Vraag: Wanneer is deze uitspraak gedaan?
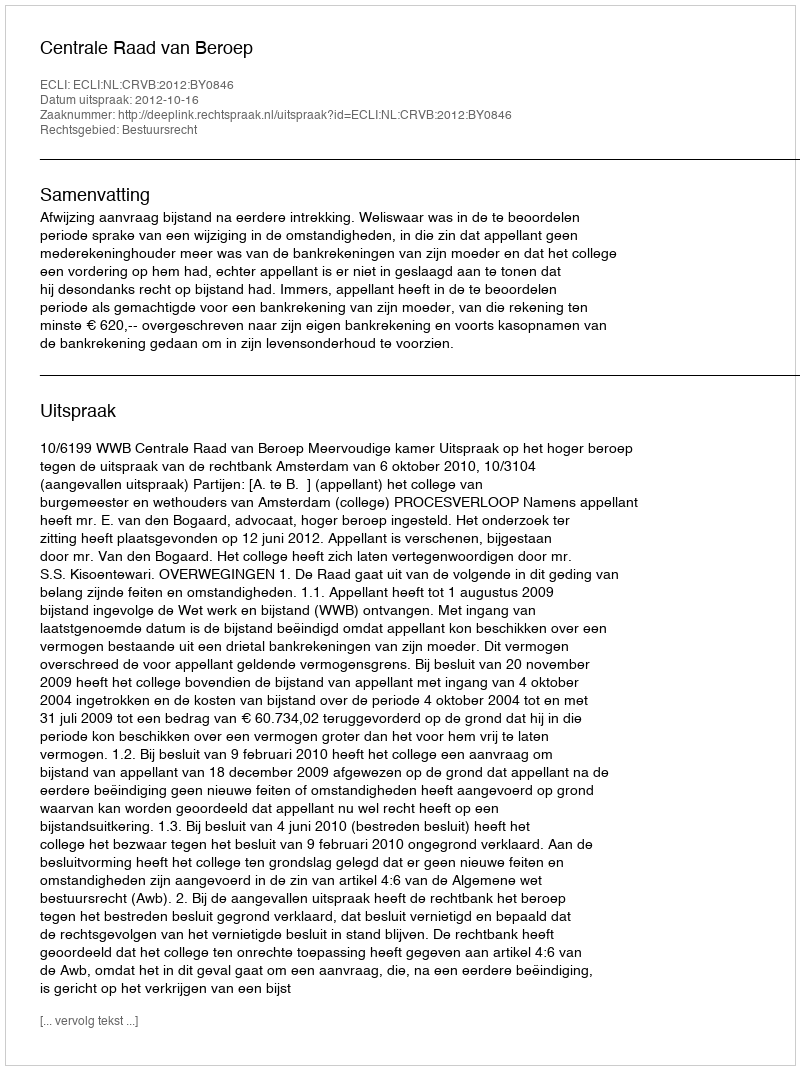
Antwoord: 2012-10-16